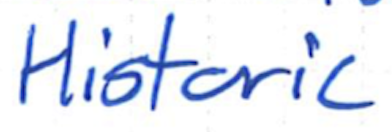
Text: Historic
Cross-out: clean
Writing tool: ballpoint